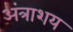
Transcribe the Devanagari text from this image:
अंत्राशय